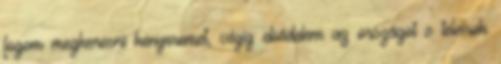
fogom megkeresni kenyeremet, végig ebédelem az országot s teleírok